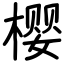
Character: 樱